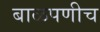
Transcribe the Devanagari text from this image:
बाळपणीच